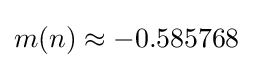
m(n)\approx -0.585768